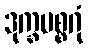
ဒုက္ခမစ္စဂုံ